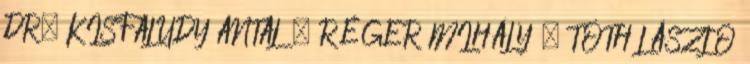
DR. KISFALUDY ANTAL – RÉGER MIHÁLY – TÓTH LÁSZLÓ